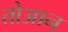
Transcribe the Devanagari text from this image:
तोआन